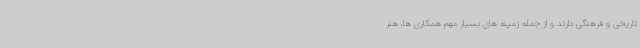
تاریخی و فرهنگی دارند و از جمله زمینه های بسیار مهم همکاری ها، هنر